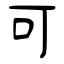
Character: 可